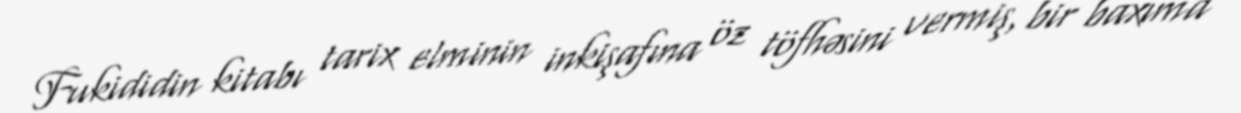
Fukididin kitabı tarix elminin inkişafına öz töfhəsini vermiş, bir baxıma